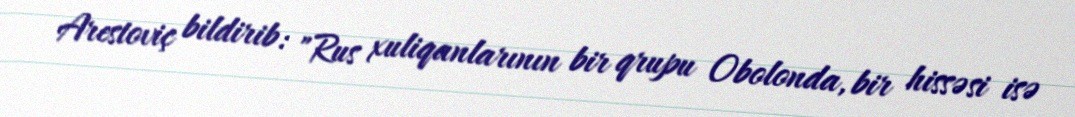
Arestoviç bildirib: "Rus xuliqanlarının bir qrupu Obolonda, bir hissəsi isə